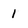
Character: l